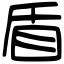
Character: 盾